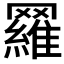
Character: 𦌴